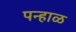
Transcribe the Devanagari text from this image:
पन्हाळ